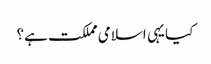
کیا یہی اسلامی مملکت ہے؟